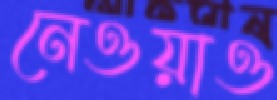
নেওয়াও